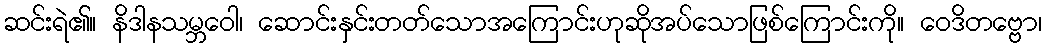
ဆင်းရဲ၏။ နိဒါနသမ္ဘဝေါ၊ ဆောင်းနှင်းတတ်သောအကြောင်းဟုဆိုအပ်သောဖြစ်ကြောင်းကို။ ဝေဒိတဗ္ဗော၊